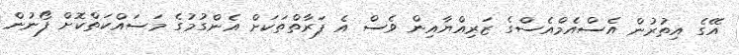
އޭގެ އިތުރުން އެސްއެމްއެސްގެ ޒަރިއްޔާއިން ވެސް އެ ފަރާތްތަކަށް އެންގުމުގެ މަސައްކަތްކޮށް ފޯނުން